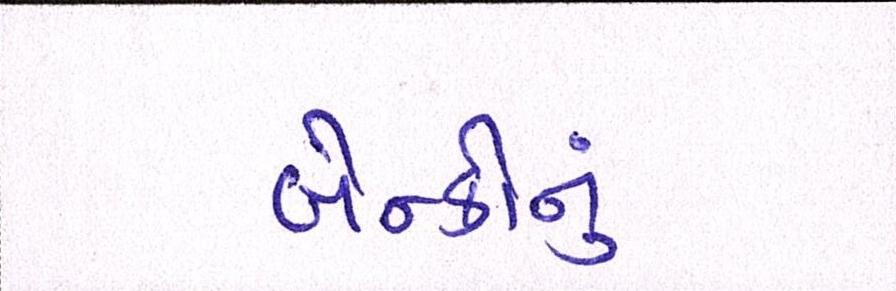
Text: બેન્કોનું